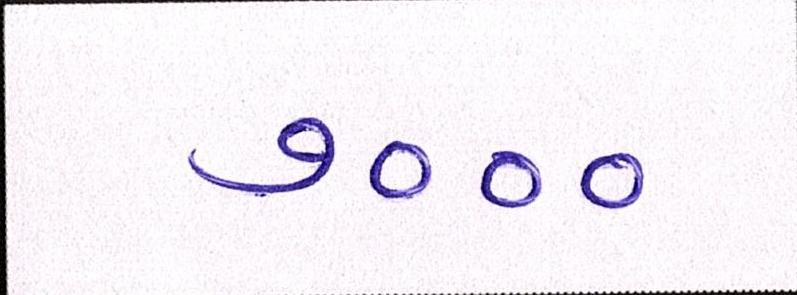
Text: ૭૦૦૦